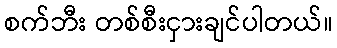
စက်ဘီး တစ်စီးငှားချင်ပါတယ်။